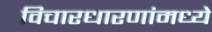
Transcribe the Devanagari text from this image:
विचारधारणांमध्ये